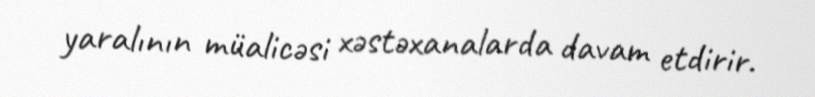
yaralının müalicəsi xəstəxanalarda davam etdirir.